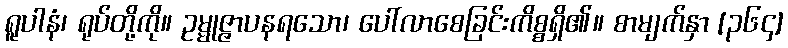
ရူပါနံ၊ ရုပ်တို့ကို။ ဥမ္မုဇ္ဇာပနရသော၊ ပေါ်လာစေခြင်းကိစ္စရှိ၏။ စာမျက်နှာ [၃၆၄]